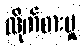
လိုက်စားမှု